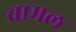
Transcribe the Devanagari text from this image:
चामल